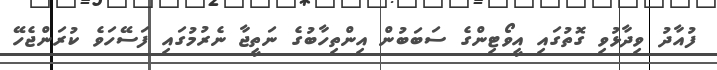
ފުއާދު ވިދާޅުވި ގޮތުގައި އީވޯޓިންގެ ސަބަބުން އިންތިހާބުގެ ނަތީޖާ ނެރުމުގައި ފަސޭހަވެ ކުރަންޖެހޭ